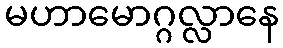
မဟာမောဂ္ဂလ္လာနေ